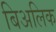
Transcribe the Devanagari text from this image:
बिअलिक